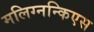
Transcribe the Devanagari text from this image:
मलिग्नन्किएस